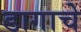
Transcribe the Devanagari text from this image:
डागाचे